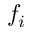
f _ { i }